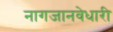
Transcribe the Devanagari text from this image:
नागजानवेधारी